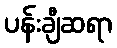
ပန်းချီဆရာ